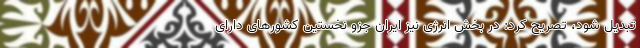
تبدیل شود، تصریح کرد: در بخش انرژی نیز ایران جزو نخستین کشورهای دارای